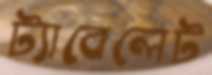
ট্যাবেলেট